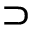
\supset